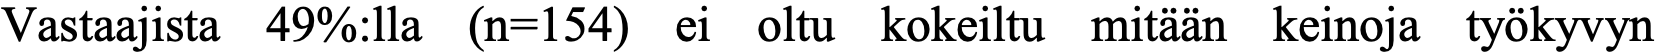
Vastaajista 49%:lla (n=154) ei oltu kokeiltu mitään keinoja työkyvyn